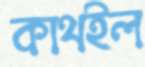
কাথইল